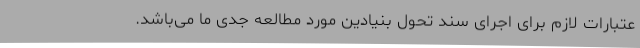
عتبارات لازم برای اجرای سند تحول بنیادین مورد مطالعه جدی ما می‌باشد.